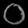
Digit: ၀